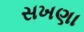
સખણા